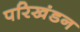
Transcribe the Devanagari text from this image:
परिखंडन